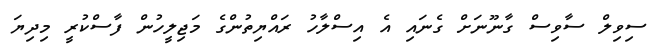
ސިވިލް ސާވިސް ގާނޫނަށް ގެނައި އެ އިސްލާހު ރައްޔިތުންގެ މަޖިލީހުން ފާސްކުރީ މިދިޔަ